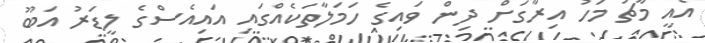
އެއީ މާޗު މަހު އިރާގަށް ދިން ވައިގެ ހަަމަލާތަކެެއްގައި އައިއެސްގެ ލީޑަރު އަބޫ